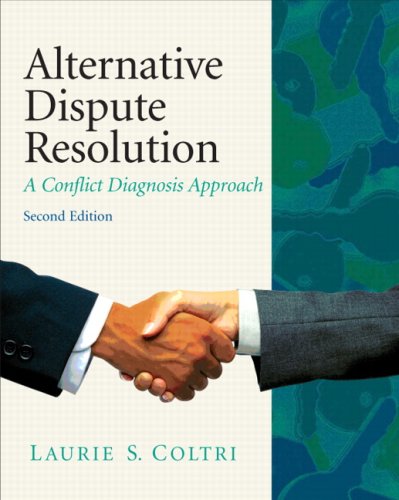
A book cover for Alternative Dispute Resolution: A Conflict Diagnosis Approach (2nd Edition); Laurie S. Coltri J.D.  Ph.D.; Law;